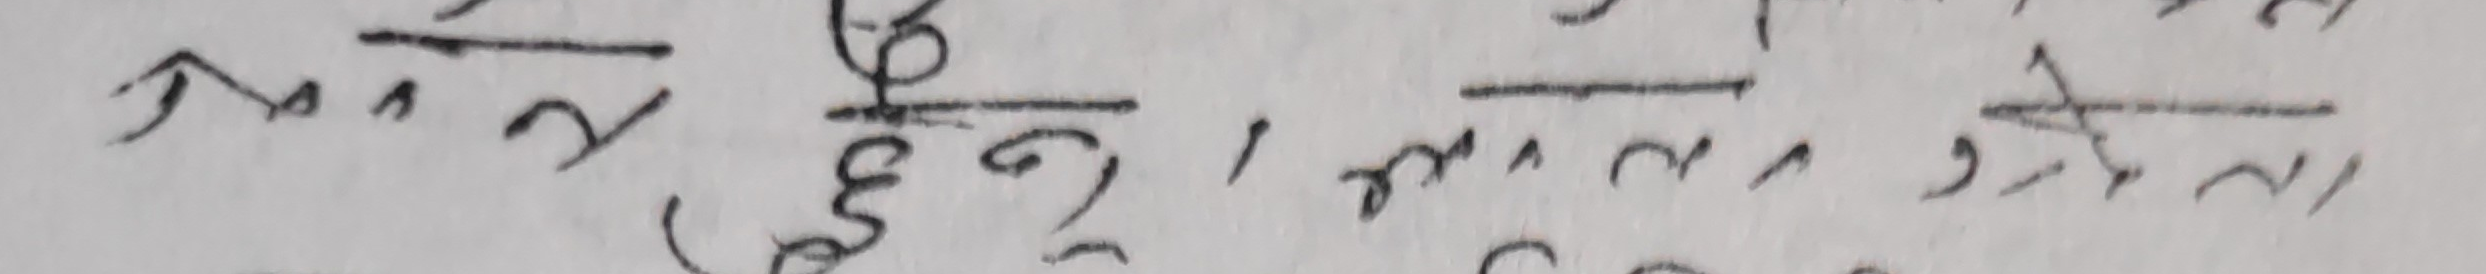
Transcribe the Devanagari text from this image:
१०० / २, ६०० / ३, ५०० / २